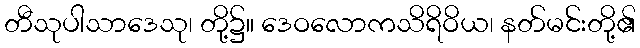
တီသုပါသာဒေသု၊ တို့၌။ ဒေဝလောကသိရိဝိယ၊ နတ်မင်းတို့၏